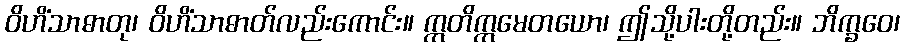
ဝိဟိံသာဓာတု၊ ဝိဟိံသာဓာတ်လည်းကောင်း။ ဣတိဣမေတယော၊ ဤသို့ပါးတို့တည်း။ ဘိက္ခဝေ၊